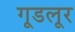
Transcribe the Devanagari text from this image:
गूडलूर